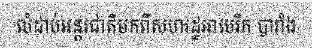
លំដាប់អន្តរជាតិមកពីសហរដ្ឋអាមេរិក បារាំង